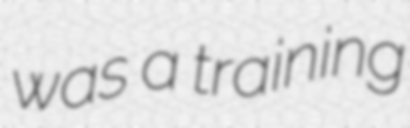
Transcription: was a training